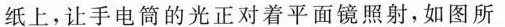
纸上，让手电筒的光正对着平面镜照射，如图所